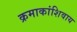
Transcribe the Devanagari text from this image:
क्रमाकांशिवाय